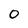
Character: O